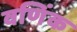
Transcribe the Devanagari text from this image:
वणिंक